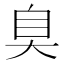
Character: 𦤀